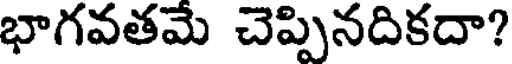
భాగవతమే చెప్పినదికదా?